Civil Veterinary Department ledger series I-VI
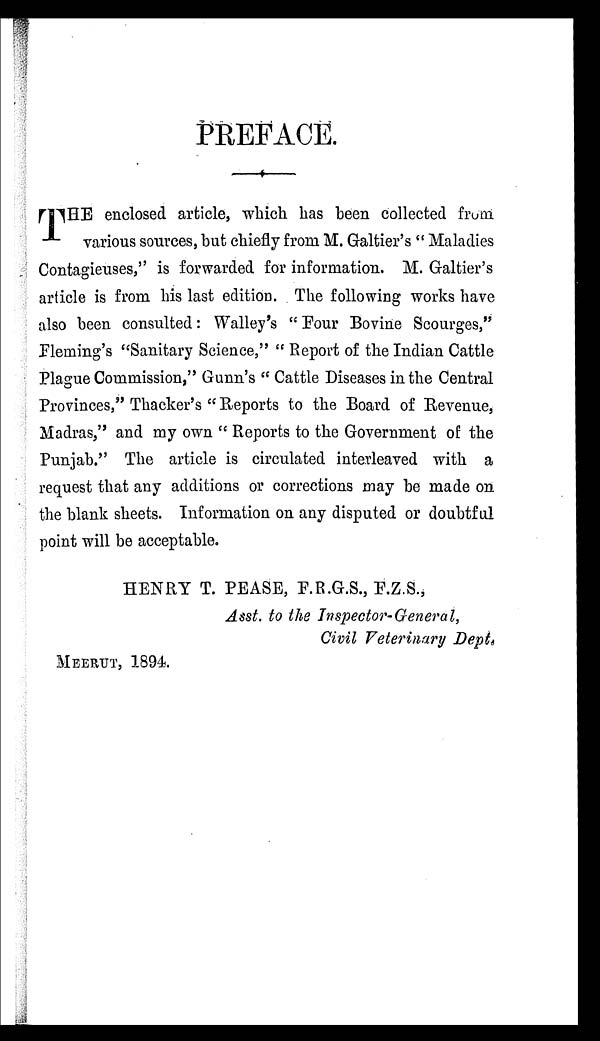
PREFACE.
THE
enclosed article, which has been collected from
various sources, but chiefly from M. Galtier's "Maladies
Contagieuses," is forwarded for information. M. Galtier's
article is from his last edition. The following works have
also been consulted: Walley's "Four Bovine Scourges,"
Fleming's "Sanitary Science," "Report of the Indian Cattle
Plague Commission," Gunn's "Cattle Diseases in the Central
Provinces," Thacker's "Reports to the Board of Revenue,
Madras," and my own "Reports to the Government of the
Punjab." The article is circulated interleaved with a
request that any additions or corrections may be made on
the blank sheets. Information on any disputed or doubtful
point will be acceptable.
HENRY T. PEASE, F.R.G.S., F.Z.S.,
Asst. to the Inspector-General,
Civil Veterinary Dept.
MEERUT, 1894.